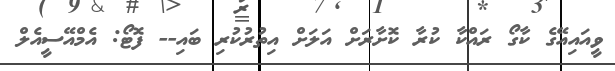
ވީއައިއޭގެ ކާގޯ ރައްކާ ކުރާ ކޮށާރަށް އަލަށް އިތުރުކުރި ބައި-- ފޮޓޯ: އެމްއޭސީއެލް